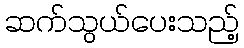
ဆက်သွယ်ပေးသည့်